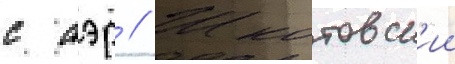
с аэр // Шкотовск'ии